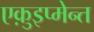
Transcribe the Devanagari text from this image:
एक़ुइप्मेन्त